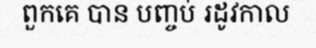
ពួកគេ បាន បញ្ចប់ រដូវកាល